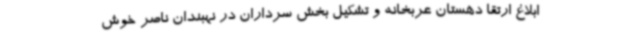
ابلاغ ارتقا دهستان عربخانه و تشکیل بخش سرداران در نهبندان ناصر خوش